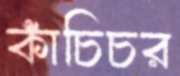
কাঁচিচর